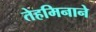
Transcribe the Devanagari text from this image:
तेहमिनाने